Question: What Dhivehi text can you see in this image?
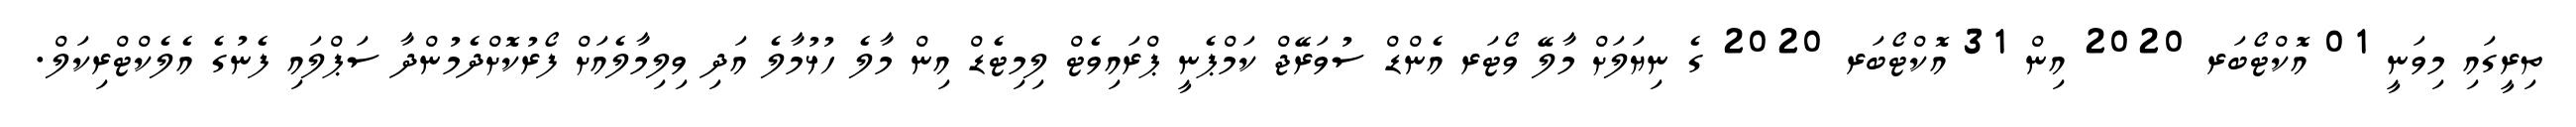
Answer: ތިރީގައި މިވަނީ 01 އޮކްޓޯބަރ 2020 އިން 31 އޮކްޓޯބަރ 2020 ގެ ނިޔަލަށް މާލޭ ވޯޓަރ އެންޑް ސުވަރޭޖް ކަމްޕެނީ ޕްރައިވެޓް ލިމިޓެޑް އިން މާލެ ހުޅުމާލެ އަދި ވިލިމާލެއަށް ފޯރުކޮށްދެމުންދާ ސަޕްލައި ފެނުގެ އެލެކްޓްރިކަލް.